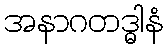
အနာဂတဒ္ဓါနံ